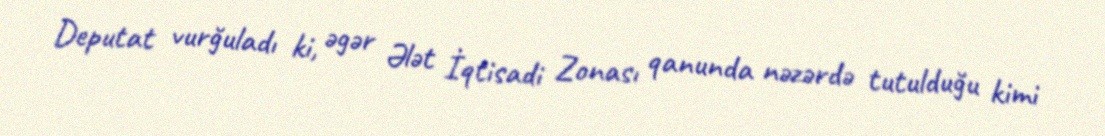
Deputat vurğuladı ki, əgər Ələt İqtisadi Zonası qanunda nəzərdə tutulduğu kimi